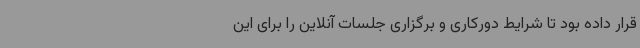
قرار داده بود تا شرایط دورکاری و برگزاری جلسات آنلاین را برای این